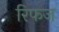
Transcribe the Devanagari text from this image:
रिफज